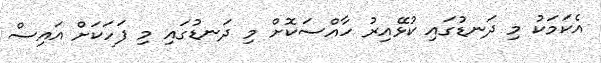
އެކަމަކު މި ދަނޑުގައި ކުޅޭއިރު ހާއްސަކޮށް މި ދަނޑުގައި މި ފަހަކަށް އައިސް